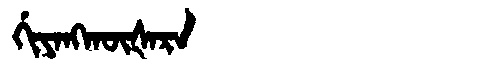
Manchu: ᡤᡳᠶᠠᠩᡴᡡᡧᠠᡵᠠ
Romanization: GIYANGKŪŠARA